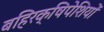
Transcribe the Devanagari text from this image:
बहिरक्षिपेशियों